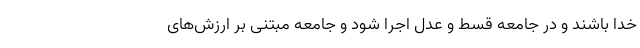
خدا باشند و در جامعه قسط و عدل اجرا شود و جامعه مبتنی بر ارزش‌های